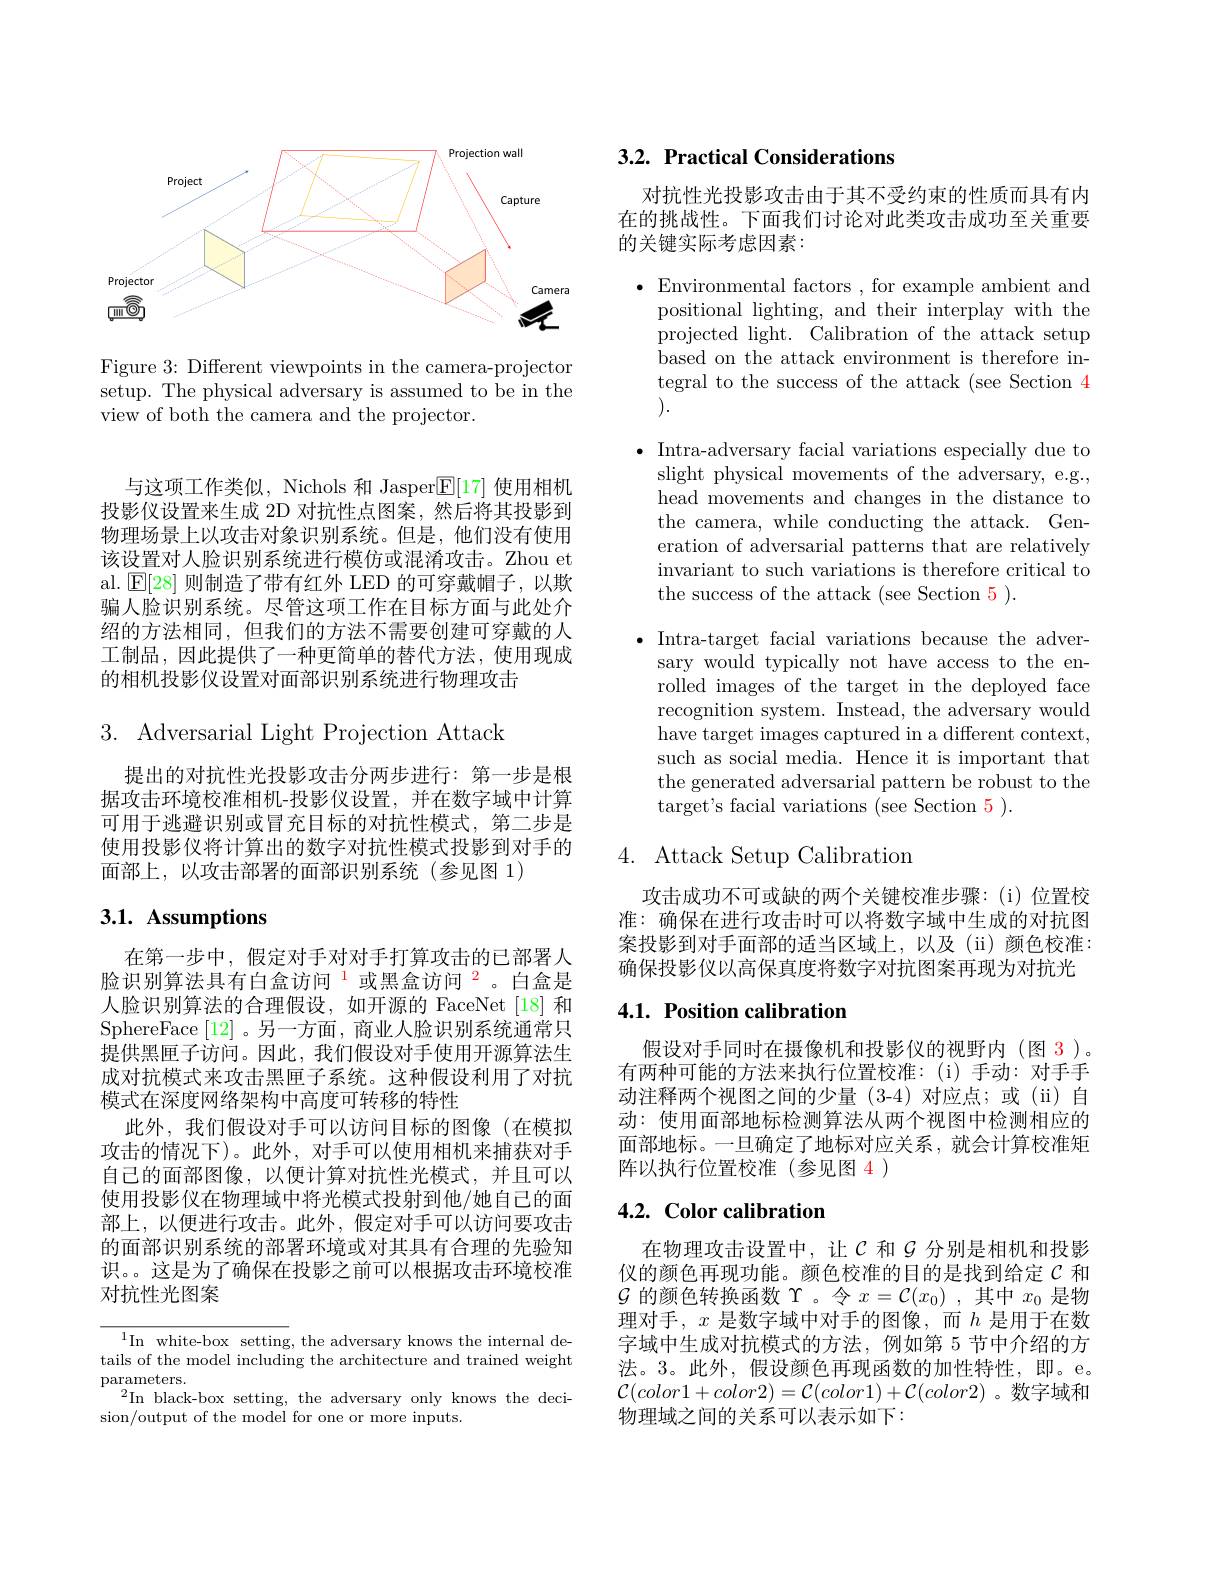
<FigureHere>

Figure 3: Different viewpoints in the camera-projector setup. The physical adversary is assumed to be in the view of both the camera and the projector.

与这项工作类似，Nichols 和 Jasper$\overline{\mathbb{E}}[17]$使用相机投影仪设置来生成 2D 对抗性点图案，然后将其投影到物理场景上以攻击对象识别系统。但是，他们没有使用该设置对人脸识别系统进行模仿或混淆攻击。Zhou et al. $\mathsf{E}[28]$则制造了带有红外 LED 的可穿戴帽子，以欺骗人脸识别系统。尽管这项工作在目标方面与此处介绍的方法相同，但我们的方法不需要创建可穿戴的人工制品，因此提供了一种更简单的替代方法，使用现成的相机投影仪设置对面部识别系统进行物理攻击

3. Adversarial Light Projection Attack

提出的对抗性光投影攻击分两步进行：第一步是根据攻击环境校准相机-投影仪设置，并在数字域中计算可用于逃避识别或冒充目标的对抗性模式，第二步是使用投影仪将计算出的数字对抗性模式投影到对手的面部上，以攻击部署的面部识别系统(参见图 1)

## 3.1. Assumptions

在第一步中，假定对手对对手打算攻击的已部署人脸识别算法具有白盒访问$^{1}$或黑盒访问$^{2}$。白盒是人脸识别算法的合理假设，如开源的 FaceNet[18] 和SphereFace [12]。另一方面，商业人脸识别系统通常只提供黑匣子访问。因此，我们假设对手使用开源算法生成对抗模式来攻击黑匣子系统。这种假设利用了对抗模式在深度网络架构中高度可转移的特性
此外，我们假设对手可以访问目标的图像(在模拟攻击的情况下)。此外，对手可以使用相机来捕获对手自己的面部图像，以便计算对抗性光模式，并且可以使用投影仪在物理域中将光模式投射到他/她自己的面部上，以便进行攻击。此外，假定对手可以访问要攻击的面部识别系统的部署环境或对其具有合理的先验知识。。这是为了确保在投影之前可以根据攻击环境校准对抗性光图案

$^{1}$In white-box setting, the adversary knows the internal details of the model including the architecture and trained weight $\underset{\partial T}{\operatorname*{\operatorname*{\operatorname*{parameters.}}}}$
$^2$In black-box setting, the adversary only knows the deci-
sion/output of the model for one or more inputs.

## $3. 2. \textbf{ Practical Considerations}$

对抗性光投影攻击由于其不受约束的性质而具有内在的挑战性。下面我们讨论对此类攻击成功至关重要的关键实际考虑因素：

$\bullet$Environmental factors , for example ambient and
positional lighting, and their interplay with the projected light. Calibration of the attack setup based on the attack environment is therefore integral to the success of the attack (see Section 4 ).

$\bullet$ Intra-adversary facial variations especially due to
slight physical movements of the adversary, e.g., head movements and changes in the distance to the camera, while conducting the attack. Generation of adversarial patterns that are relatively invariant to such variations is therefore critical to the success of the attack (see Section 5).

$\bullet$ Intra-target facial variations because the adver-
sary would typically not have access to the enrolled images of the target in the deployed face recognition system. Instead, the adversary would have target images captured in a different context, such as social media. Hence it is important that the generated adversarial pattern be robust to the target's facial variations (see Section 5).

## 4. Attack Setup Calibration

攻击成功不可或缺的两个关键校准步骤：(i)位置校准：确保在进行攻击时可以将数字域中生成的对抗图案投影到对手面部的适当区域上，以及(ii)颜色校准： 确保投影仪以高保真度将数字对抗图案再现为对抗光

## 4.1. Position calibration

假设对手同时在摄像机和投影仪的视野内(图 3)。有两种可能的方法来执行位置校准：(i)手动：对手手动注释两个视图之间的少量(3-4)对应点；或(ii)自动：使用面部地标检测算法从两个视图中检测相应的面部地标。一旦确定了地标对应关系，就会计算校准矩阵以执行位置校准(参见图 4 )

## 4.2. Color calibration

在物理攻击设置中，让$\mathcal{C}$ 和$\mathcal{G}$ 分别是相机和投影仪的颜色再现功能。颜色校准的目的是找到给定$C$ 和$\mathcal{G}$的颜色转换函数$\Upsilon$。令$x=\mathcal{C}(x_0)$ ,其中$x_0$是物理对手，$x$ 是数字域中对手的图像，而$h$ 是用于在数字域中生成对抗模式的方法，例如第 5 节中介绍的方法。3。此外，假设颜色再现函数的加性特性，即。e。$\mathcal{C}(color1+color2)=\mathcal{C}(color1)+\mathcal{C}(color2)$ 。数字域和物理域之间的关系可以表示如下：